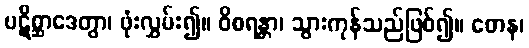
ပဋိစ္ဆာဒေတွာ၊ ဖုံးလွှမ်း၍။ ဝိစရန္တာ၊ သွားကုန်သည်ဖြစ်၍။ တေန၊